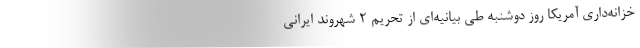
خزانه‌داری آمریکا روز دوشنبه طی بیانیه‌ای از تحریم 2 شهروند ایرانی